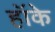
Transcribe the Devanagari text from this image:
हॉके